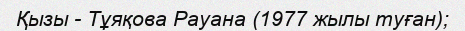
Қызы - Тұяқова Рауана (1977 жылы туған);